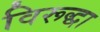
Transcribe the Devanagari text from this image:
विरूद्धा